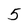
Character: 5